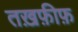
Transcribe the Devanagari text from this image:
तख़फ़ीफ़